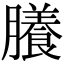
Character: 䑆